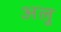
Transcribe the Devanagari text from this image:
अलु